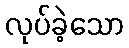
လုပ်ခဲ့သော